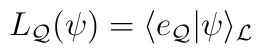
L_{\cal Q} ({\psi}) = \langle e_{\cal Q}|{\psi} \rangle_{\cal L}